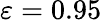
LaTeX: \varepsilon=0.95